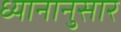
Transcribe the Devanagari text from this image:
ध्यानानुसार